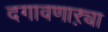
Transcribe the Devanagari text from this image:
दगावणाऱ्या